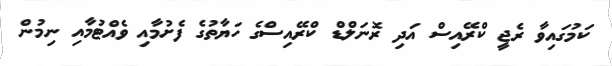
ކަމުގައިވާ ރެޖީ ކްރޭއިސް އަދި ރޮނަލްޑް ކްރޭއިސްގެ ހަޔާތުގެ ފެށުމާއި ވެއްޓުމާއި ނިމުން